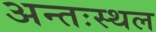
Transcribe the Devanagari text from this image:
अन्तःस्थल